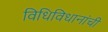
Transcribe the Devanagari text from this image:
विधिविधानांची